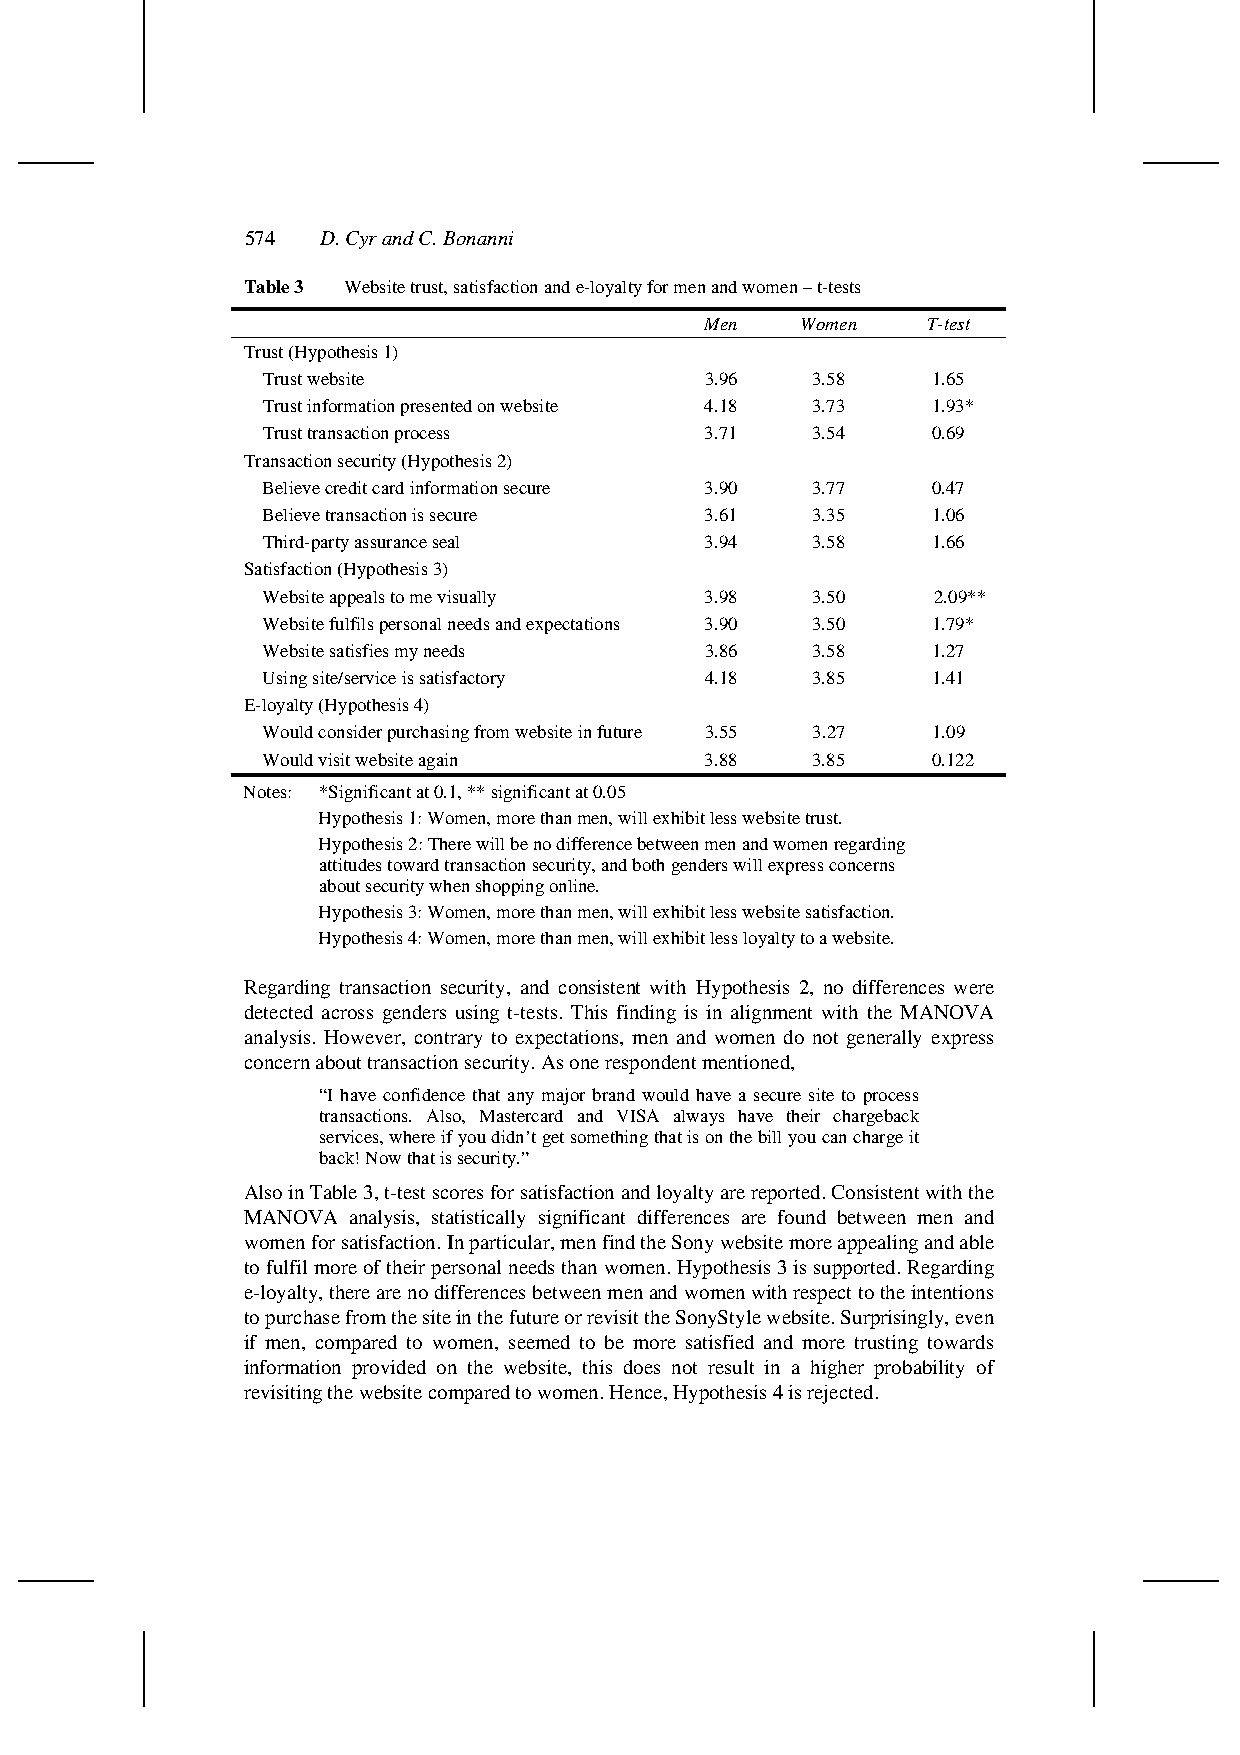
574  D. Cyr and C. Bonanni
 Table 3 Website trust, satisfaction and e-loyalty for men and women – t-tests
 Men   Women   T-test
 Trust (Hypothesis 1)
 Trust website                 3.96   3.58    1.65
 Trust information presented on website 4.18 3.73 1.93*
 Trust transaction process     3.71   3.54    0.69
 Transaction security (Hypothesis 2)
 Believe credit card information secure 3.90 3.77 0.47
 Believe transaction is secure 3.61   3.35    1.06
 Third-party assurance seal    3.94   3.58    1.66
 Satisfaction (Hypothesis 3)
 Website appeals to me visually 3.98  3.50    2.09**
 Website fulfils personal needs and expectations 3.90 3.50 1.79*
 Website satisfies my needs    3.86   3.58    1.27
 Using site/service is satisfactory 4.18 3.85 1.41
 E-loyalty (Hypothesis 4)
 Would consider purchasing from website in future 3.55 3.27 1.09
 Would visit website again     3.88   3.85    0.122
 Notes: *Significant at 0.1, ** significant at 0.05
 Hypothesis 1: Women, more than men, will exhibit less website trust.
 Hypothesis 2: There will be no difference between men and women regarding
 attitudes toward transaction security, and both genders will express concerns
 about security when shopping online.
 Hypothesis 3: Women, more than men, will exhibit less website satisfaction.
 Hypothesis 4: Women, more than men, will exhibit less loyalty to a website.
 Regarding transaction security, and consistent with Hypothesis 2, no differences were
 detected across genders using t-tests. This finding is in alignment with the MANOVA
 analysis. However, contrary to expectations, men and women do not generally express
 concern about transaction security. As one respondent mentioned,
 “I have confidence that any major brand would have a secure site to process
 transactions. Also, Mastercard and VISA always have their chargeback
 services, where if you didn’t get something that is on the bill you can charge it
 back! Now that is security.”
 Also in Table 3, t-test scores for satisfaction and loyalty are reported. Consistent with the
 MANOVA analysis, statistically significant differences are found between men and
 women for satisfaction. In particular, men find the Sony website more appealing and able
 to fulfil more of their personal needs than women. Hypothesis 3 is supported. Regarding
 e-loyalty, there are no differences between men and women with respect to the intentions
 to purchase from the site in the future or revisit the SonyStyle website. Surprisingly, even
 if men, compared to women, seemed to be more satisfied and more trusting towards
 information provided on the website, this does not result in a higher probability of
 revisiting the website compared to women. Hence, Hypothesis 4 is rejected.